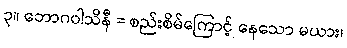
၃။ ဘောဂဝါသိနီ = စည်းစိမ်ကြောင့် နေသော မယား၊